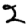
Digit: 2